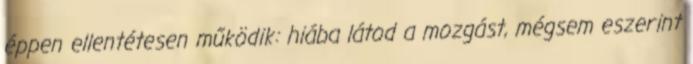
éppen ellentétesen működik: hiába látod a mozgást, mégsem eszerint